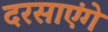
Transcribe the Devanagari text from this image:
दरसाएंगे